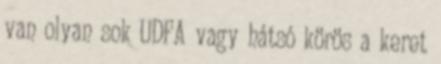
van olyan sok UDFA vagy hátsó körös a keret